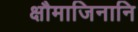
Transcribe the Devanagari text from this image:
क्षौमाजिनानि